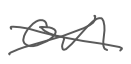
Text: on
Cross-out: cross
Writing tool: digital_gray